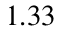
1 . 3 3